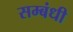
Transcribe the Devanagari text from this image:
सम्‍बंधी